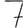
Digit: 7